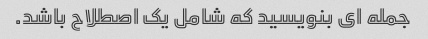
جمله ای بنویسید که شامل یک اصطلاح باشد.